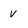
Character: v